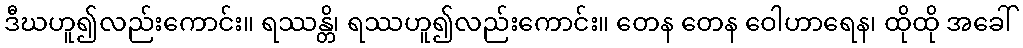
ဒီဃဟူ၍လည်းကောင်း။ ရဿန္တိ၊ ရဿဟူ၍လည်းကောင်း။ တေန တေန ဝေါဟာရေန၊ ထိုထို အခေါ်